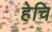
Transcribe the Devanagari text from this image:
हेचि